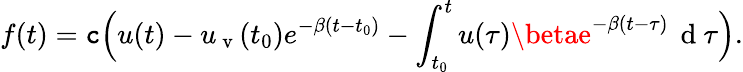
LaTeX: f(t)=\mathtt{c}\Bigl(u(t)-u_{\mathrm{{~v~}}}(t_{0})e^{-\beta(t-t_{0})}-\int_{t_{0}}^{t}u(\tau)\betae^{-\beta(t-\tau)}\, \mathrm{{~d~}}\tau\Bigr).